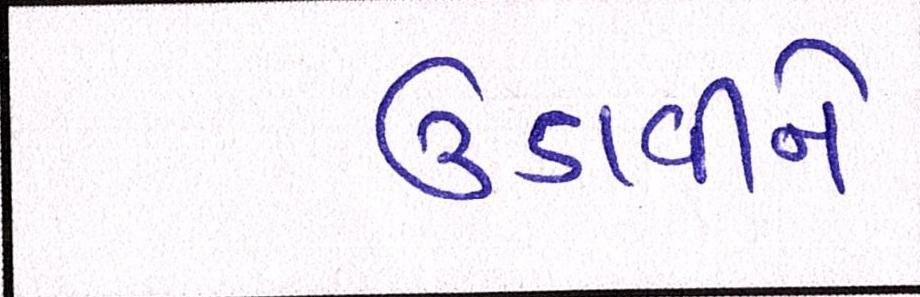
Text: ઉડાવીને